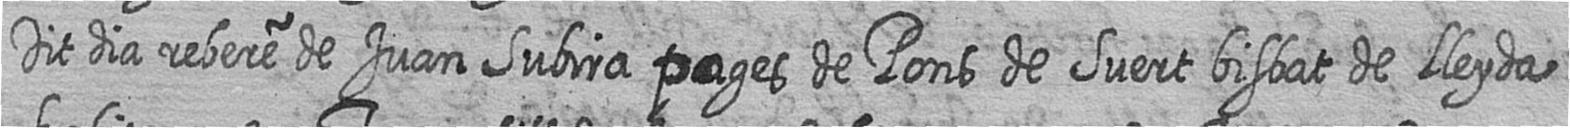
Dit dia rebere de Juan Subira pages de Pons de Suert bisbat de Lleyda